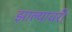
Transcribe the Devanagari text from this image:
झाल्यावरी